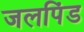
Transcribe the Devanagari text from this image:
जलपिंड